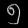
Digit: ၅